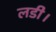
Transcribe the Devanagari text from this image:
लडी।